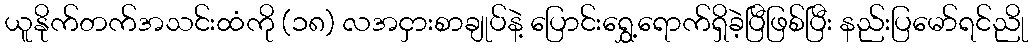
ယူနိုက်တက်အသင်းထံကို (၁၈) လအငှားစာချုပ်နဲ့ ပြောင်းရွှေ့ရောက်ရှိခဲ့ပြီဖြစ်ပြီး နည်းပြမော်ရင်ညို